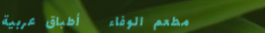
مطعم الوفاء   أطباق عربية